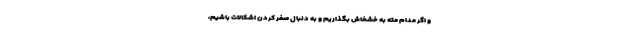
و اگر مدام مته به خشخاش بگذاریم و به دنبال صفر کردن اشکالات باشیم،